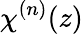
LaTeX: {{\chi}^{(n)}}(z)